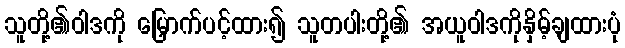
သူတို့၏ဝါဒကို မြှောက်ပင့်ထား၍ သူတပါးတို့၏ အယူဝါဒကိုနှိမ့်ချထားပုံ